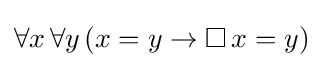
\forall x\,\forall y\,(x=y\rightarrow \Box \,x=y)